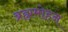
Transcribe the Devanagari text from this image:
ब्रह्ममोहन